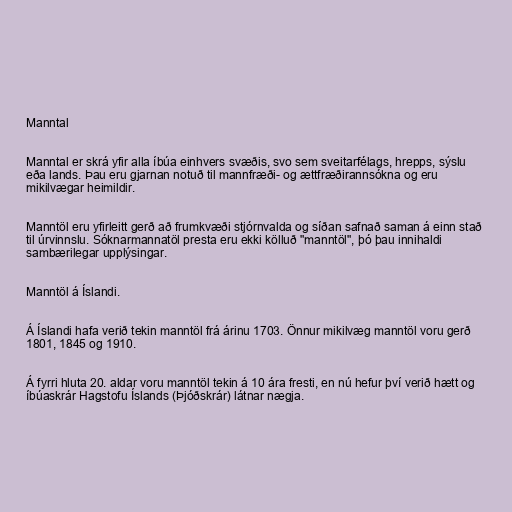
Manntal

Manntal er skrá yfir alla íbúa einhvers svæðis, svo sem sveitarfélags, hrepps, sýslu
eða lands. Þau eru gjarnan notuð til mannfræði- og ættfræðirannsókna og eru
mikilvægar heimildir.

Manntöl eru yfirleitt gerð að frumkvæði stjórnvalda og síðan safnað saman á einn stað
til úrvinnslu. Sóknarmannatöl presta eru ekki kölluð "manntöl", þó þau innihaldi
sambærilegar upplýsingar.

Manntöl á Íslandi.

Á Íslandi hafa verið tekin manntöl frá árinu 1703. Önnur mikilvæg manntöl voru gerð
1801, 1845 og 1910.

Á fyrri hluta 20. aldar voru manntöl tekin á 10 ára fresti, en nú hefur því verið hætt og
íbúaskrár Hagstofu Íslands (Þjóðskrár) látnar nægja.